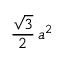
{ \frac { \sqrt { 3 } } { 2 } } \, a ^ { 2 }